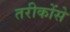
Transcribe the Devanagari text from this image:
तरीकोंसे